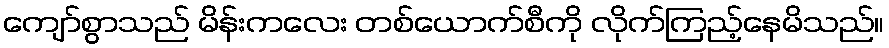
ကျော်စွာသည် မိန်းကလေး တစ်ယောက်စီကို လိုက်ကြည့်နေမိသည်။